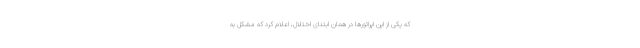
که یکی از این اپراتورها در همان ابتدای اختلال، اعلام کرد که مشکل به